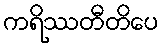
ကရိဿတီတိပေ